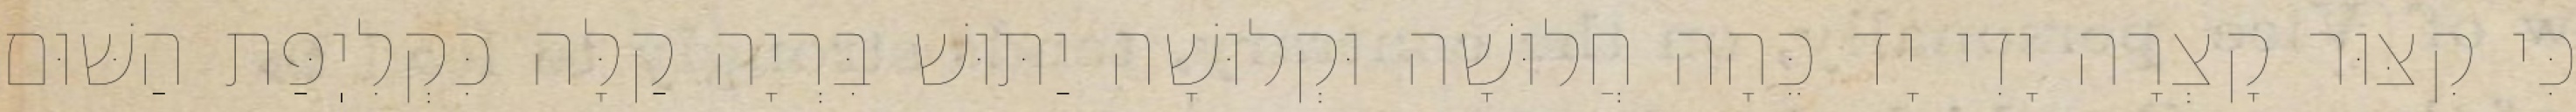
כִּי קִצּוּר קָצְרָה יָדִי יָד כֵּהָה חֲלוּשָׁה וּקְלוּשָׁה יַתּוּשׁ בִּרְיָה קַלָּה כִּקְלִיֽפַּת הַשּׁוּם